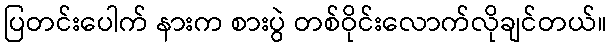
ပြတင်းပေါက် နားက စားပွဲ တစ်ဝိုင်းလောက်လိုချင်တယ်။